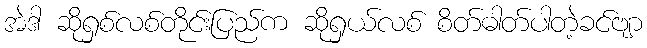
အဲဒါ ဆိုရှစ်လစ်တိုင်းပြည်က ဆိုရှယ်လစ် စိတ်ဓါတ်ပါတဲ့ခင်ဗျာ